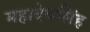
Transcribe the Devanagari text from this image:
महादेवसिंह